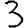
Digit: 3